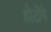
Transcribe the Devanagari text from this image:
होटोंपे